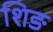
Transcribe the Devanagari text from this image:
शिङ